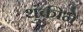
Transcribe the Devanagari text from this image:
थुंकीने